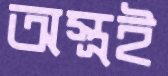
অস্ত্রই